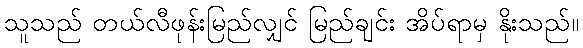
သူသည် တယ်လီဖုန်းမြည်လျှင် မြည်ချင်း အိပ်ရာမှ နိုးသည်။